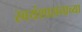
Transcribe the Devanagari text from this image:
स्वयंशासनाच्या